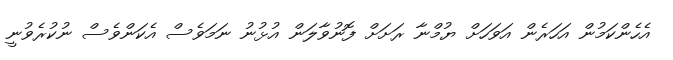
އެހެންކަމުން އަހަރެން އަވަހަށް ޔުމްނާ ރަށަށް ފޮނުވާލަން އުޅުނު ނަމަވެސް އެކަންވެސް ނުކުރެވުނީ